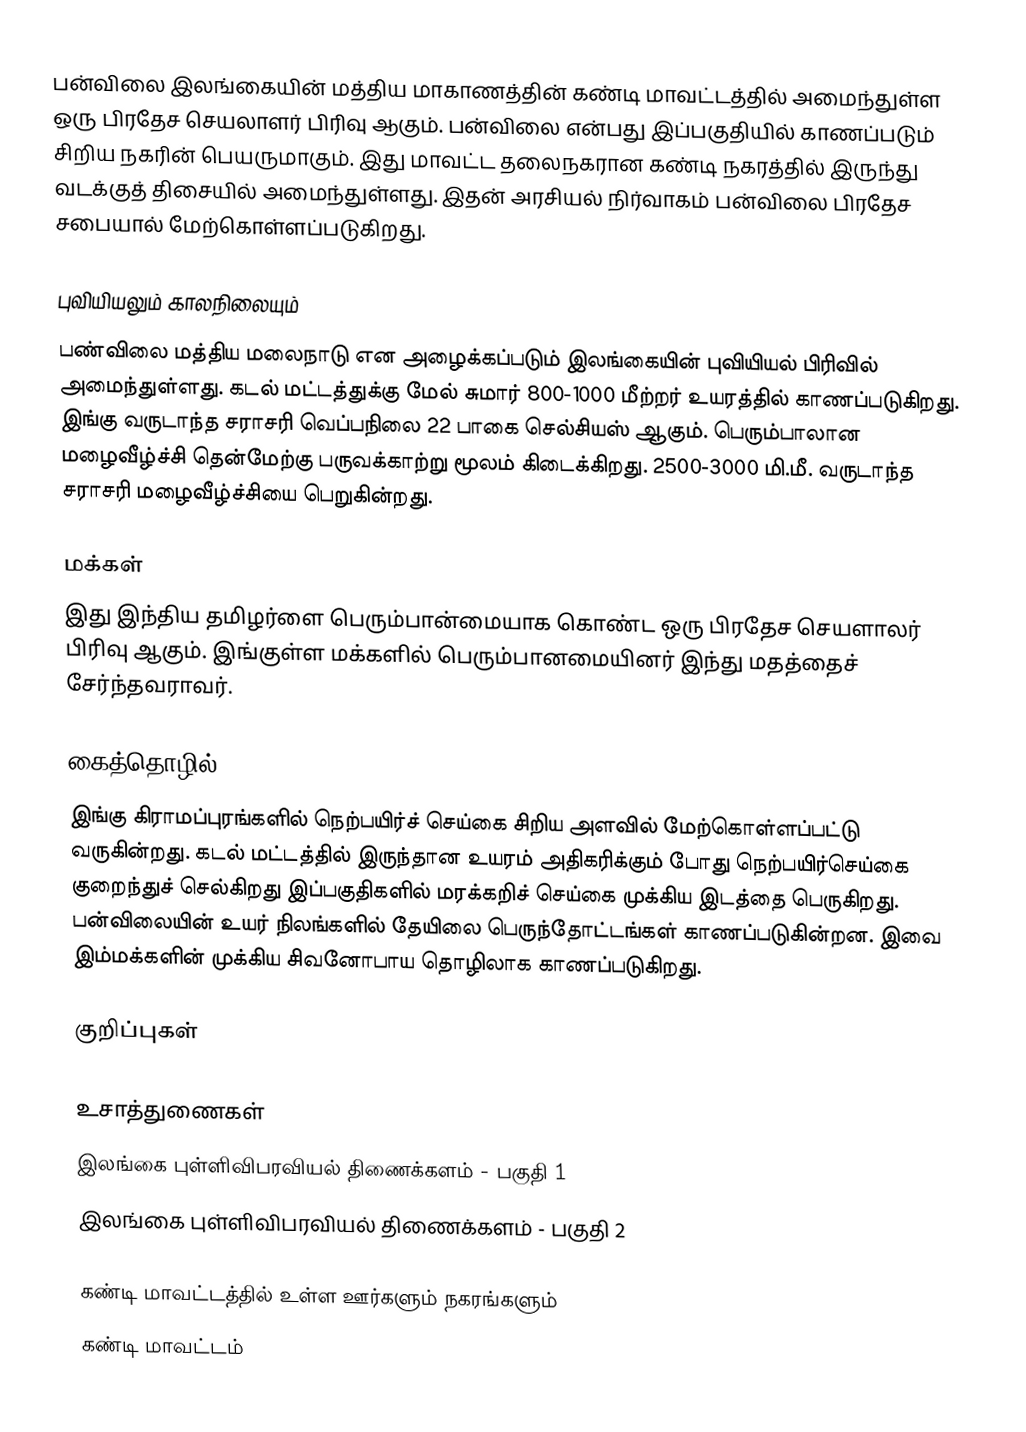
பன்விலை இலங்கையின் மத்திய மாகாணத்தின் கண்டி மாவட்டத்தில் அமைந்துள்ள ஒரு பிரதேச செயலாளர் பிரிவு ஆகும். பன்விலை என்பது இப்பகுதியில் காணப்படும்  சிறிய நகரின் பெயருமாகும். இது மாவட்ட தலைநகரான கண்டி நகரத்தில் இருந்து  வடக்குத் திசையில்  அமைந்துள்ளது. இதன் அரசியல் நிர்வாகம் பன்விலை பிரதேச சபையால் மேற்கொள்ளப்படுகிறது.

புவியியலும் காலநிலையும்
பண்விலை  மத்திய மலைநாடு என அழைக்கப்படும்  இலங்கையின் புவியியல் பிரிவில் அமைந்துள்ளது. கடல் மட்டத்துக்கு மேல் சுமார் 800-1000 மீற்றர்  உயரத்தில் காணப்படுகிறது. இங்கு வருடாந்த சராசரி வெப்பநிலை 22 பாகை செல்சியஸ் ஆகும். பெரும்பாலான மழைவீழ்ச்சி தென்மேற்கு பருவக்காற்று மூலம் கிடைக்கிறது. 2500-3000 மி.மீ. வருடாந்த சராசரி மழைவீழ்ச்சியை பெறுகின்றது.

மக்கள்
இது இந்திய தமிழர்ளை பெரும்பான்மையாக கொண்ட ஒரு பிரதேச செயளாலர் பிரிவு ஆகும். இங்குள்ள மக்களில் பெரும்பானமையினர் இந்து மதத்தைச் சேர்ந்தவராவர்.

கைத்தொழில்
இங்கு கிராமப்புரங்களில் நெற்பயிர்ச் செய்கை சிறிய அளவில் மேற்கொள்ளப்பட்டு வருகின்றது. கடல் மட்டத்தில் இருந்தான உயரம் அதிகரிக்கும் போது நெற்பயிர்செய்கை குறைந்துச் செல்கிறது இப்பகுதிகளில் மரக்கறிச் செய்கை முக்கிய இடத்தை பெருகிறது. பன்விலையின் உயர் நிலங்களில்  தேயிலை பெருந்தோட்டங்கள் காணப்படுகின்றன. இவை இம்மக்களின் முக்கிய சிவனோபாய தொழிலாக காணப்படுகிறது.

குறிப்புகள்

உசாத்துணைகள்
 இலங்கை புள்ளிவிபரவியல் திணைக்களம் - பகுதி 1
 இலங்கை புள்ளிவிபரவியல் திணைக்களம் - பகுதி 2

கண்டி மாவட்டத்தில் உள்ள ஊர்களும் நகரங்களும்
கண்டி மாவட்டம்